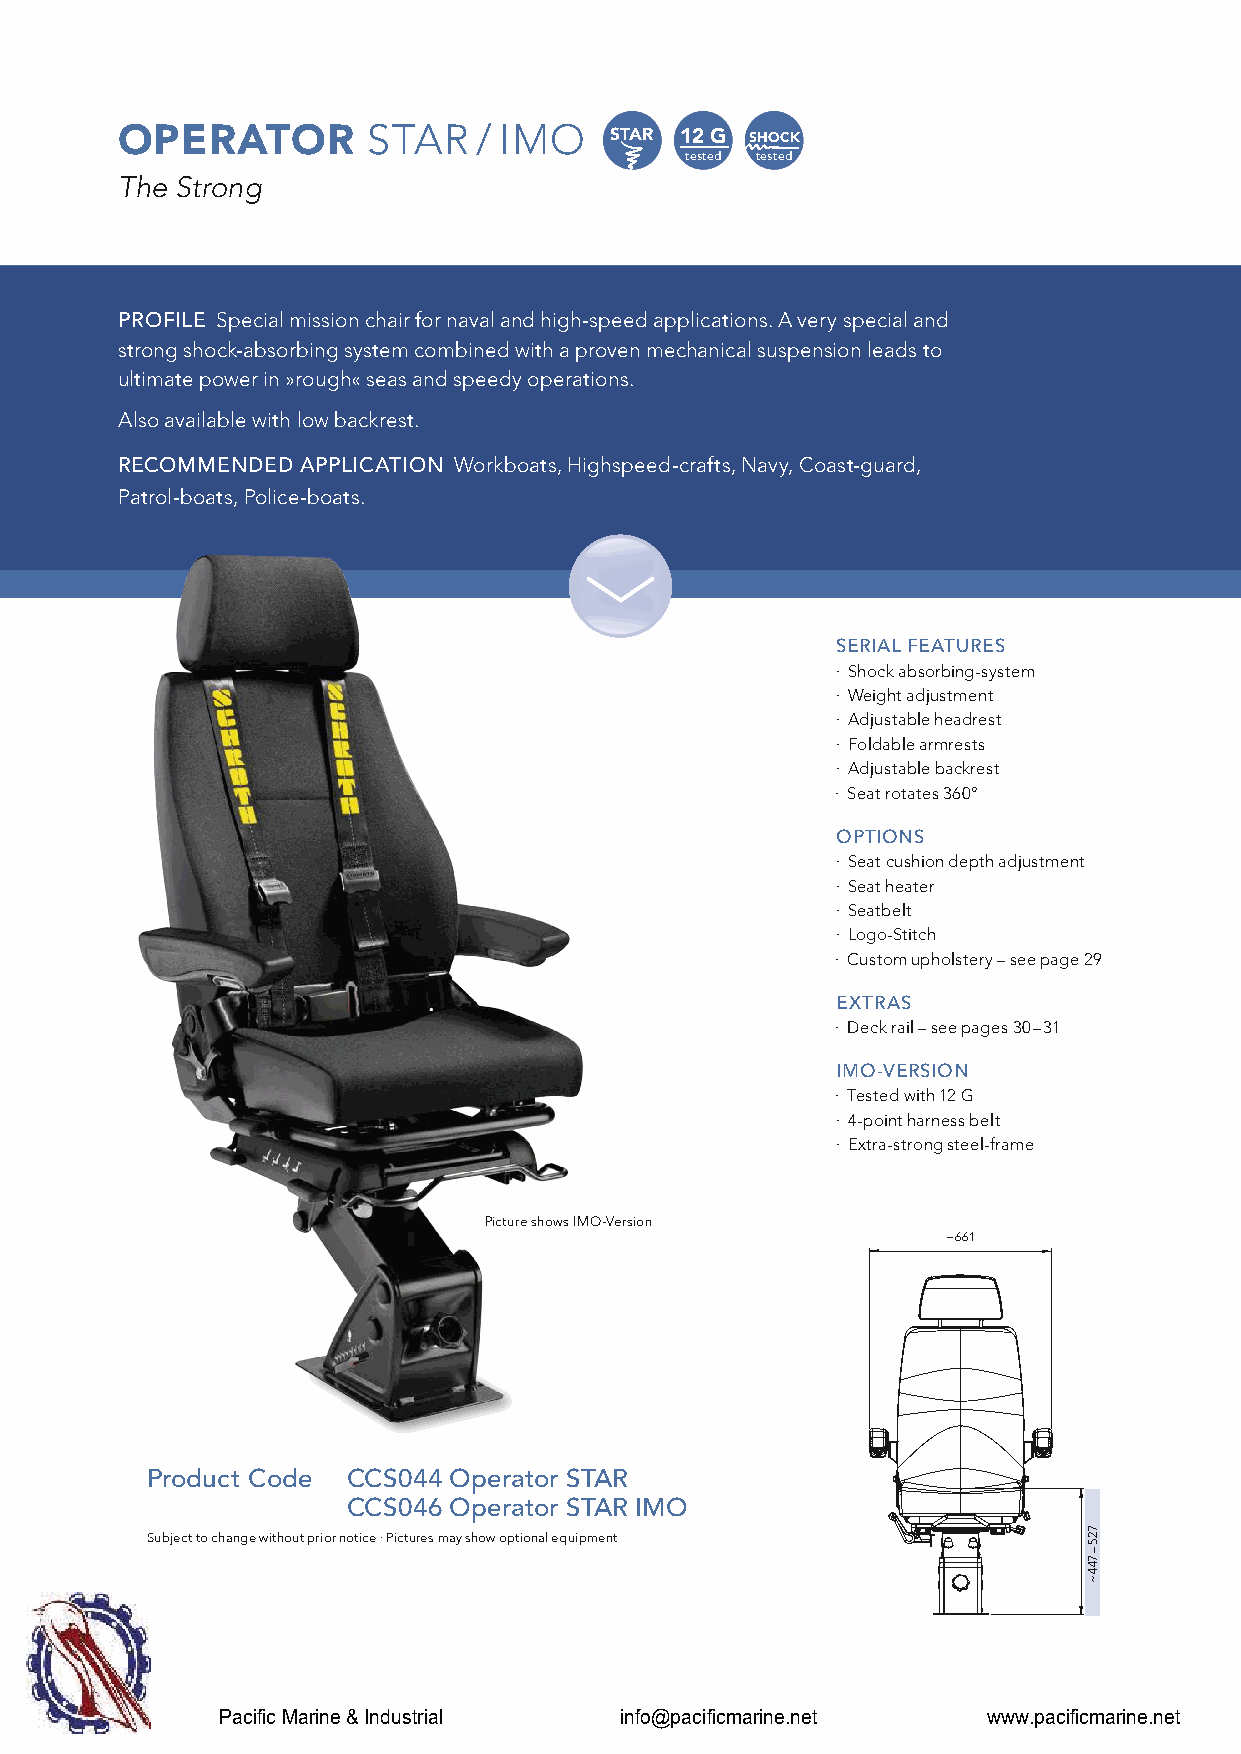
OPERATOR
 STAR    / IMO   STAR 12 G SHOCK
 tested tested
 The Strong
 PROFILE Special mission chair for naval and high-speed applications. A very special and
 strong shock-absorbing system combined with a proven mechanical suspension leads to
 ultimate power in »rough« seas and speedy operations.
 Also available with low backrest.
 RECOMMENDED APPLICATION Workboats, Highspeed-crafts, Navy, Coast-guard,
 Patrol-boats, Police-boats.
 SERIAL FEATURES
 · Shock absorbing-system
 · Weight adjustment
 · Adjustable headrest
 · Foldable armrests
 · Adjustable backrest
 · Seat rotates 360°
 OPTIONS
 · Seat cushion depth adjustment
 · Seat heater
 · Seatbelt
 · Logo-Stitch
 · Custom upholstery – see page 29
 EXTRAS
 · Deck rail – see pages 30 – 31
 IMO-VERSION
 · Tested with 12 G
 · 4-point harness belt
 · Extra-strong steel-frame
 Picture shows IMO-Version
 ~ 661
 Product Code CCS044 Operator STAR
 CCS046 Operator STAR IMO
 Subject to change without prior notice · Pictures may show optional equipment
 Pacific Marine & Industrial info@pacificmarine.net www.pacificmarine.net
 725
 –
 744
 ~